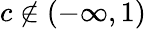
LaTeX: c\notin(-\infty,1)